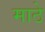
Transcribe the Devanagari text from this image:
माठे